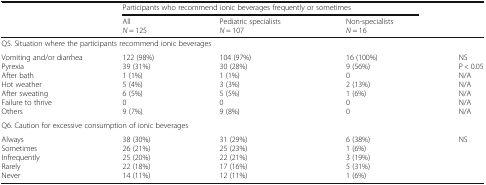
|  | <COLSPAN=3> Participants who recommend ionic beverages frequently or sometimes |  |
 |  | AllN = 125 | Pediatric specialistsN = 107 | Non-specialistsN = 16 |  |
 | --- | --- | --- | --- | --- |
 | <COLSPAN=5> Q5. Situation where the participants recommend ionic beverages |
 | Vomiting and/or diarrheaPyrexiaAfter bathHot weatherAfter sweatingFailure to thriveOthers | 122 (98%)39 (31%)1 (1%)5 (4%)6 (5%)09 (7%) | 104 (97%)30 (28%)1 (1%)3 (3%)5 (5%)09 (8%) | 16 (100%)9 (56%)02 (13%)1 (6%)00 | NSP < 0.05N/AN/AN/AN/AN/A |
 | <COLSPAN=5> Q6. Caution for excessive consumption of ionic beverages |
 | AlwaysSometimesInfrequentlyRarelyNever | 38 (30%)26 (21%)25 (20%)22 (18%)14 (11%) | 31 (29%)25 (23%)22 (21%)17 (16%)12 (11%) | 6 (38%)1 (6%)3 (19%)5 (31%)1 (6%) | NS |